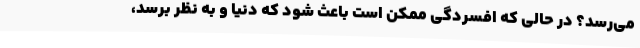
می‌رسد؟ در حالی که افسردگی ممکن است باعث شود که دنیا و به نظر برسد،